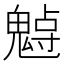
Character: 𩳨